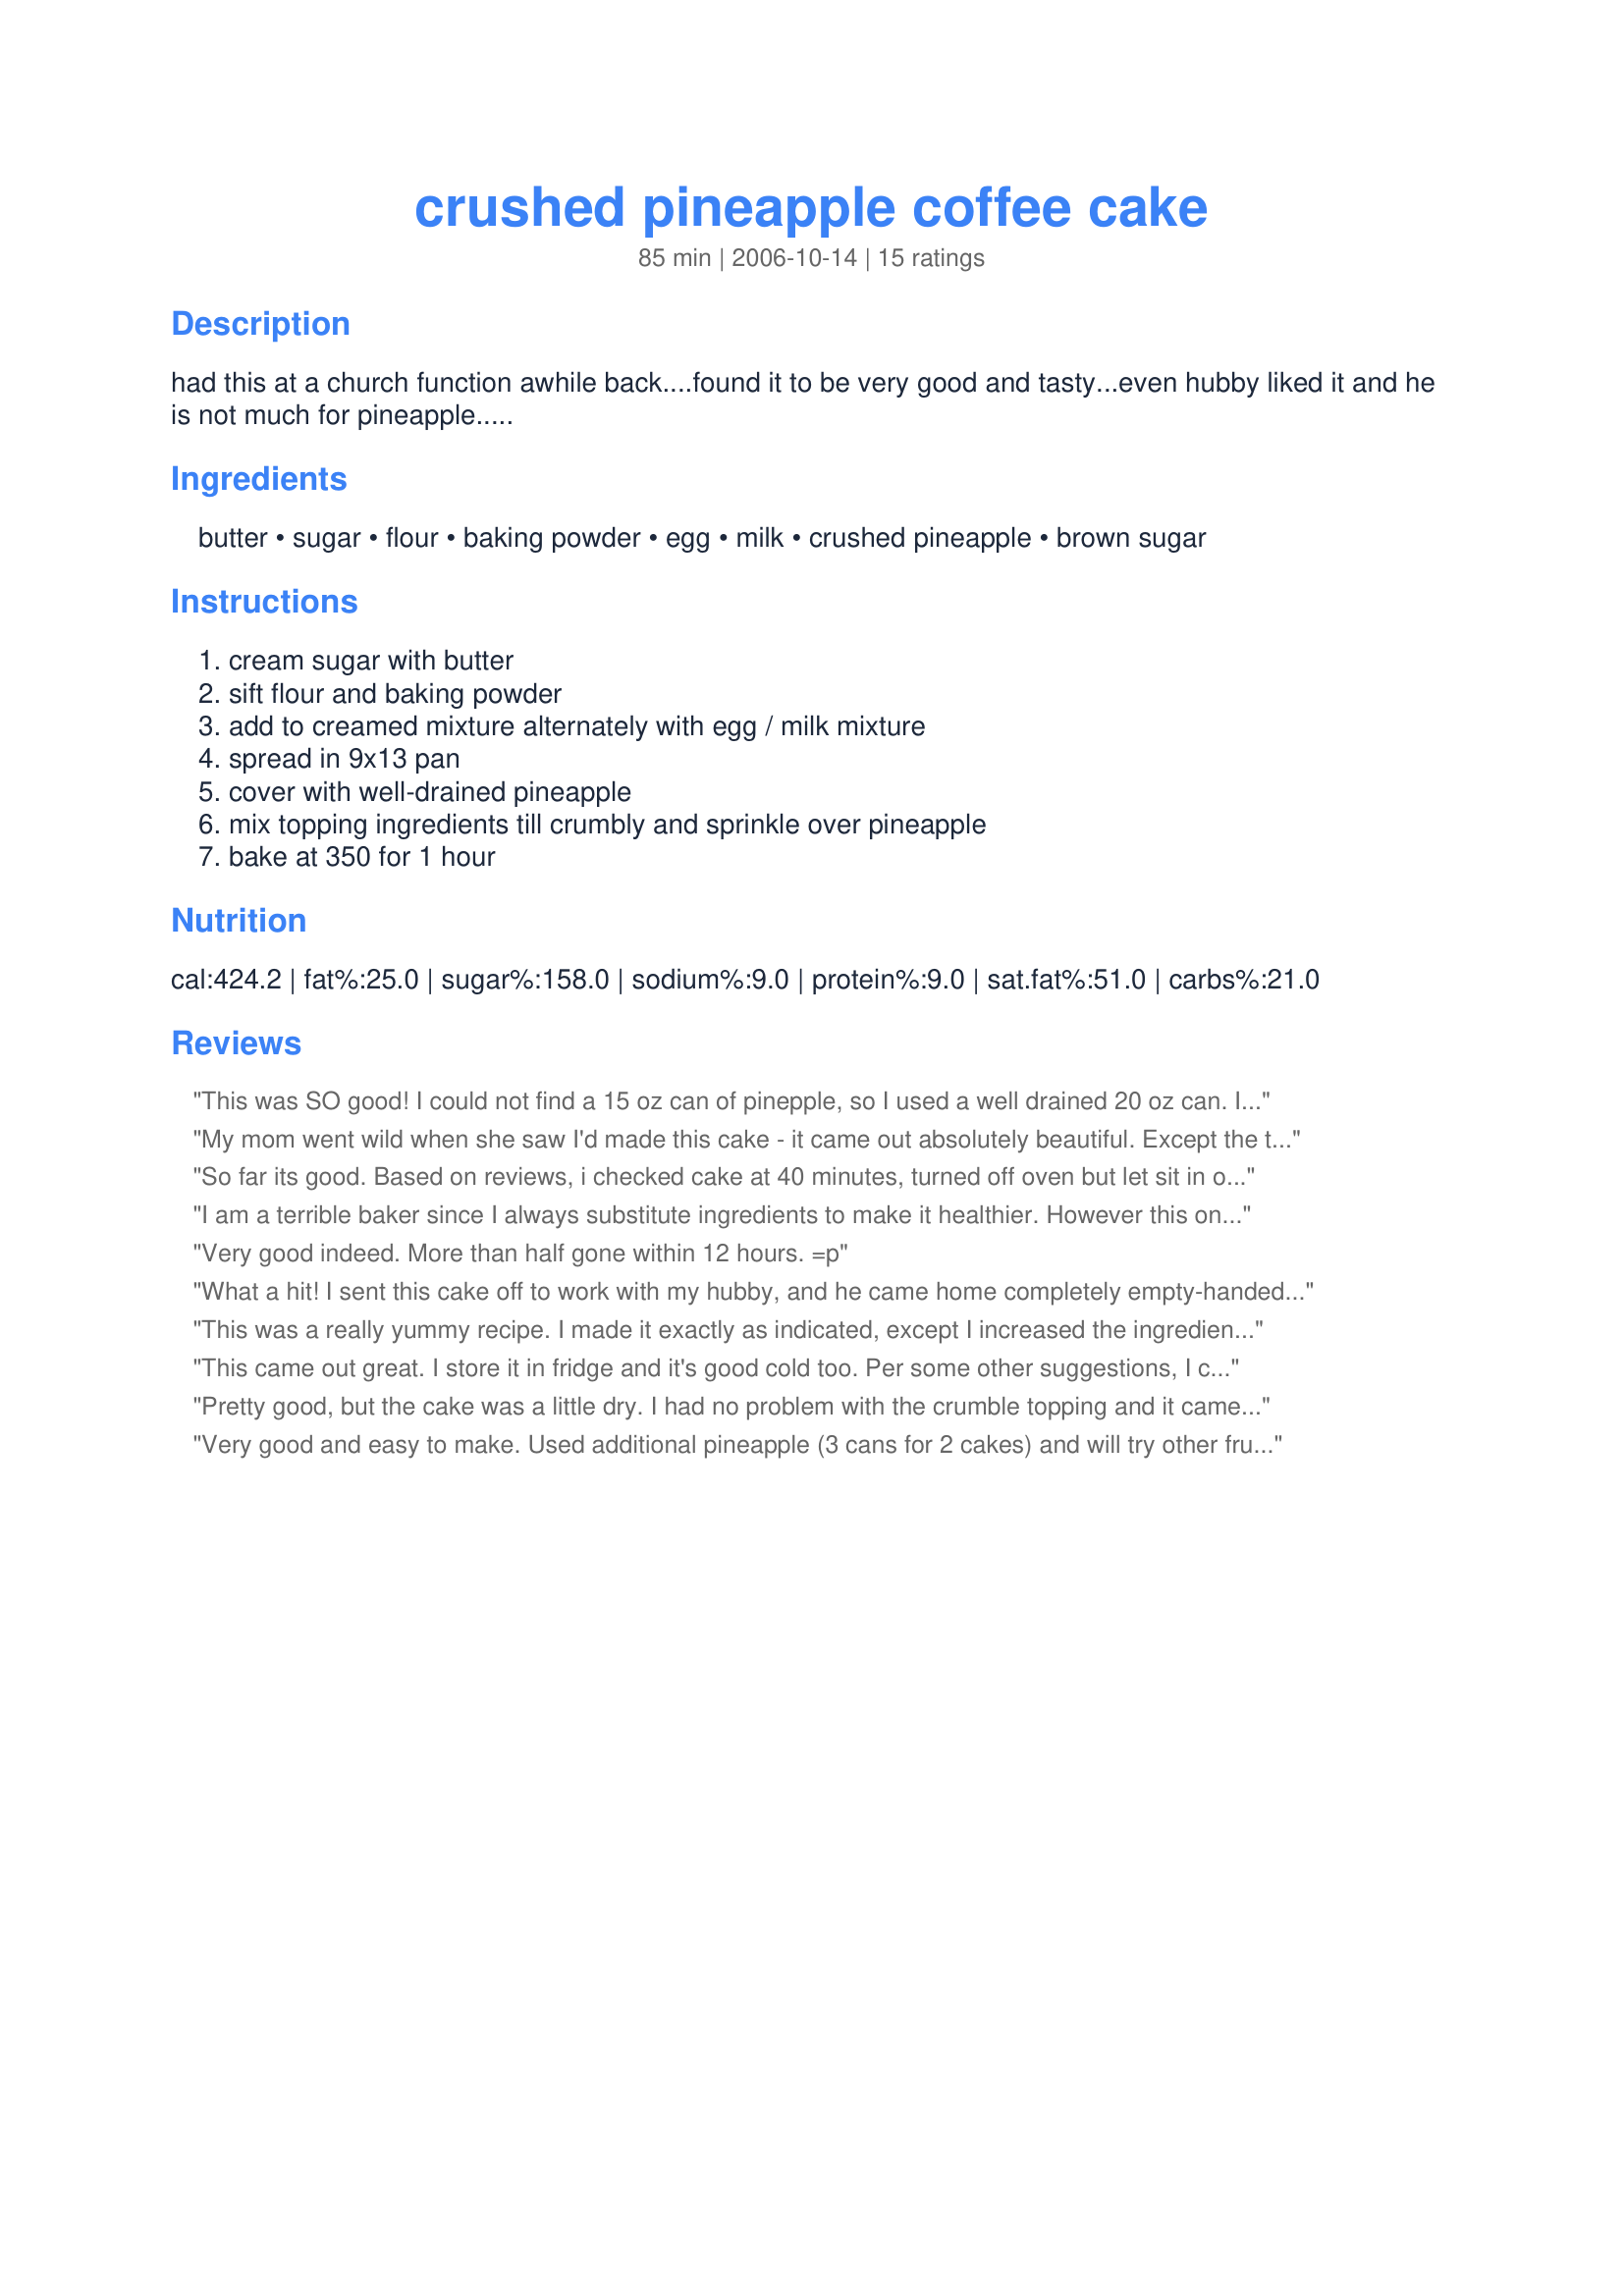
crushed pineapple coffee cake
Preparation time: 85 minutes

had this at a church function awhile back....found it to be very good and tasty...even hubby liked it and he is not much for pineapple.....

Ingredients:
butter, sugar, flour, baking powder, egg, milk, crushed pineapple, brown sugar

Steps:
cream sugar with butter, sift flour and baking powder, add to creamed mixture alternately with egg / milk mixture, spread in 9x13 pan, cover with well-drained pineapple, mix topping ingredients till crumbly and sprinkle over pineapple, bake at 350 for 1 hour

Reviews:
This was SO good! I could not find a 15 oz can of pinepple, so I used a well drained 20 oz can. I think next time I will even add an additional 8 oz can! The topping reminded me a great deal of my Moms apple crisp topping so I decided to add about 1/2 t. cinnamon to the mix. My only tip is to read the recipe carefully. I must admit I glanced at it and saw 1/4 for the butter and thought 1/4 c., but thought that didn't seem like enough. 1/4 lb of butter is 1 stick of butter, so please be wary. This coffee cake is outstanding! Everyone I served it to raved! I have requests coming in for the recipe! I highly recommend this recipe, try it, you will not regret it.
My mom went wild when she saw I'd made this cake - it came out absolutely beautiful. Except the topping came out more like dough than crumbles... Maybe I shouldn't have mixed it with my hands? Anyhow, I just broke off a bunch of little pieces and put them on the cake and the top ended up nice and chewy-crispy.
So far its good. Based on reviews, i checked cake at 40 minutes, turned off oven but let sit in oven for 10 more minutes. Let it rest before cutting. I've been looking for a pineapple souflle recipe I had in college and this comes very close to it but it was dry even after taking it out of oven 10 min early. The kids are it, so all is good.
I am a terrible baker since I always substitute ingredients to make it healthier. However this one worked! I'm dairy and soy-free unfortunately so sub'd butter for 1/4 cup mix of smart balance and coconut oil and another 1/4 cup mashed banana (same for topping). I used almond milk 1:1 and also sub'd half the sugar for a sugar substitute (stevia/cane sugar baking blend). For sugar in the topping I also did half cup stevia blend and 1/4 cup brown sugar, so only 3/4 cup total sugar, slightly reduced which was plenty sweet because the mashed banana sweetens everything up a bit. I also did 3/4 cup oats sub for 3/4 cup flour in the cake batter and half oats, half flour for topping. Like some others, the topping was very wet though probably because I used oats (old fashioned) which doesn't soak up the liquid as well. I then added more oats which helped some but just ended up dalloping little bits all over the top with plenty extra leftover. I used a 9x9baking pan and the size and thickness was perfect. It was moist and definitely sweet enough with a soft yet nicely crunchy top. As one reviewer suggested I threw some blueberries in the batter that I had leftover (maybe 1/4 cup). I realize I really deviated from the recipe but anyone looking for acceptable substations hopefully finds this helpful!
Very good indeed. More than half gone within 12 hours. =p
What a hit! I sent this cake off to work with my hubby, and he came home completely empty-handed! He said people were even going back for thirds! This was easy to make and smelled amazing when it came out of the oven. Thanks for posting this keeper!
This was a really yummy recipe. I made it exactly as indicated, except I increased the ingredients by about 25% to make sure it covered a 9x13 pan (left the baking power at 2 tsp). I took it to a MOPS Meeting and all the ladies raved about it. The pineapple made it really most. Next time I'm going to add blueberries. I think it will make it extra yummy and give it a little color.
This came out great. I store it in fridge and it's good cold too. Per some other suggestions, I cooked it far less, only 40 min and it was just right. I also put a bit less sugar in the cake, and a dash of salt. A good hint: Double the topping and store half in a tight container in fridge for another cake or pie. Lasts a long time although I do put it near the rear where it is colder. I use my cuisinart to mix the topping so doubling is easy, the cleanup is longer than the mixing. PS someone should really change the cooking time in the main recipe.
Pretty good, but the cake was a little dry. I had no problem with the crumble topping and it came out perfectly crunchy (using softened butter, then squeezed it lightly with my hands and broke off small chunks as I topped it).

The one big issue I had was cooking time! I cooked it for 38 minutes at 350 and it was done, maybe even a little overdone.
Very good and easy to make. Used additional pineapple (3 cans for 2 cakes) and will try other fruits next time. Definitely a keeper.
Wonderfully moist and very moreish. Next time I'll cut back on the butter for a crumble topping to make it a bit crumble-like.
I made this one night after looking for something sweet to eat one night. I had everything in the house I needed for this one. It turned out so great my spouse has requested I make it numerous times. After all the time of making my favorite is to make a mixture of pineapple juice milk and egg for the liquid and use pineapple tidbits in stead of crush. I use the food processor for making the topping
This turned out perfect for me. I think the best tip is to really make sure you get all the juice drained which is a continuous thing. Much like spinach, it seems like it keeps creating juices. I had no problem with the topping. It turned out good, crunchy, the cake was cooked just right, not soggy. Let it cool 10-15 minutes. So key is getting rid of juices of crushed pineapple. Very good, would be nice with vanilla ice cream
Very good, however it was hard to spread the small ammount of batter into a 9x13 pan.
Very easy to make and best served warm. I did have a problem, as others, with the topping; more doughy than crumbly. I would also bake it for about 10 minutes less and it was a tad over done. Still is tasty though.
